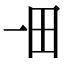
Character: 𤰓